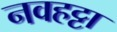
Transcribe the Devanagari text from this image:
नवहट्टा